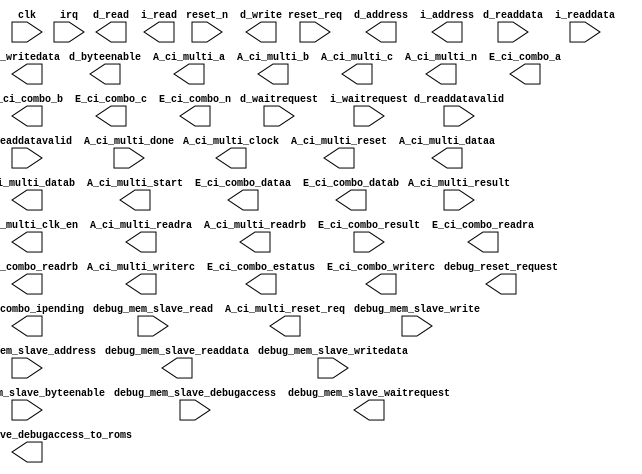
module mcu_subsystem_cpu_0 (
		input  wire        clk,                                 //                       clk.clk
		input  wire        reset_n,                             //                     reset.reset_n
		input  wire        reset_req,                           //                          .reset_req
		output wire [31:0] d_address,                           //               data_master.address
		output wire [3:0]  d_byteenable,                        //                          .byteenable
		output wire        d_read,                              //                          .read
		input  wire [31:0] d_readdata,                          //                          .readdata
		input  wire        d_waitrequest,                       //                          .waitrequest
		output wire        d_write,                             //                          .write
		output wire [31:0] d_writedata,                         //                          .writedata
		input  wire        d_readdatavalid,                     //                          .readdatavalid
		output wire        debug_mem_slave_debugaccess_to_roms, //                          .debugaccess
		output wire [31:0] i_address,                           //        instruction_master.address
		output wire        i_read,                              //                          .read
		input  wire [31:0] i_readdata,                          //                          .readdata
		input  wire        i_waitrequest,                       //                          .waitrequest
		input  wire        i_readdatavalid,                     //                          .readdatavalid
		input  wire [31:0] irq,                                 //                       irq.irq
		output wire        debug_reset_request,                 //       debug_reset_request.reset
		input  wire [8:0]  debug_mem_slave_address,             //           debug_mem_slave.address
		input  wire [3:0]  debug_mem_slave_byteenable,          //                          .byteenable
		input  wire        debug_mem_slave_debugaccess,         //                          .debugaccess
		input  wire        debug_mem_slave_read,                //                          .read
		output wire [31:0] debug_mem_slave_readdata,            //                          .readdata
		output wire        debug_mem_slave_waitrequest,         //                          .waitrequest
		input  wire        debug_mem_slave_write,               //                          .write
		input  wire [31:0] debug_mem_slave_writedata,           //                          .writedata
		input  wire        A_ci_multi_done,                     // custom_instruction_master.done
		input  wire [31:0] A_ci_multi_result,                   //                          .multi_result
		output wire [4:0]  A_ci_multi_a,                        //                          .multi_a
		output wire [4:0]  A_ci_multi_b,                        //                          .multi_b
		output wire [4:0]  A_ci_multi_c,                        //                          .multi_c
		output wire        A_ci_multi_clk_en,                   //                          .clk_en
		output wire        A_ci_multi_clock,                    //                          .clk
		output wire        A_ci_multi_reset,                    //                          .reset
		output wire        A_ci_multi_reset_req,                //                          .reset_req
		output wire [31:0] A_ci_multi_dataa,                    //                          .multi_dataa
		output wire [31:0] A_ci_multi_datab,                    //                          .multi_datab
		output wire [7:0]  A_ci_multi_n,                        //                          .multi_n
		output wire        A_ci_multi_readra,                   //                          .multi_readra
		output wire        A_ci_multi_readrb,                   //                          .multi_readrb
		output wire        A_ci_multi_start,                    //                          .start
		output wire        A_ci_multi_writerc,                  //                          .multi_writerc
		input  wire [31:0] E_ci_combo_result,                   //                          .result
		output wire [4:0]  E_ci_combo_a,                        //                          .a
		output wire [4:0]  E_ci_combo_b,                        //                          .b
		output wire [4:0]  E_ci_combo_c,                        //                          .c
		output wire [31:0] E_ci_combo_dataa,                    //                          .dataa
		output wire [31:0] E_ci_combo_datab,                    //                          .datab
		output wire        E_ci_combo_estatus,                  //                          .estatus
		output wire [31:0] E_ci_combo_ipending,                 //                          .ipending
		output wire [7:0]  E_ci_combo_n,                        //                          .n
		output wire        E_ci_combo_readra,                   //                          .readra
		output wire        E_ci_combo_readrb,                   //                          .readrb
		output wire        E_ci_combo_writerc                   //                          .writerc
	);
endmodule